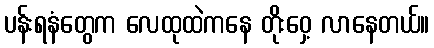
ပန်းရနံတွေက လေထုထဲကနေ တိုးဝှေ့ လာနေတယ်။